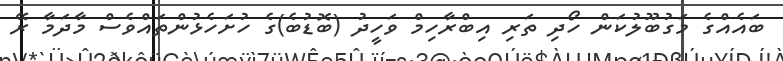
ބައެއްގެ މަގުބޫލުކަން ހޯދި ތަރި އިބްރާހިމް ވަހީދު (ބޮޑުބެ)ގެ ހުށަހެޅުންތައްވެސް މާދަމާ ރޭ